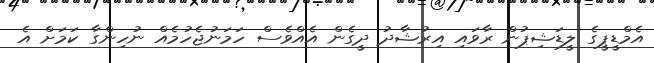
އެމްޑީޕީގެ ލީޑަޝިޕުން ރާވައި އިރުޝާދު ދީގެން އެއްވެސް ހަމަނުޖެހުމެއް ނުހިންގާ ކަމަށް އެ